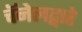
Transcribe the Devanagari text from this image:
चॅनेलद्वारे